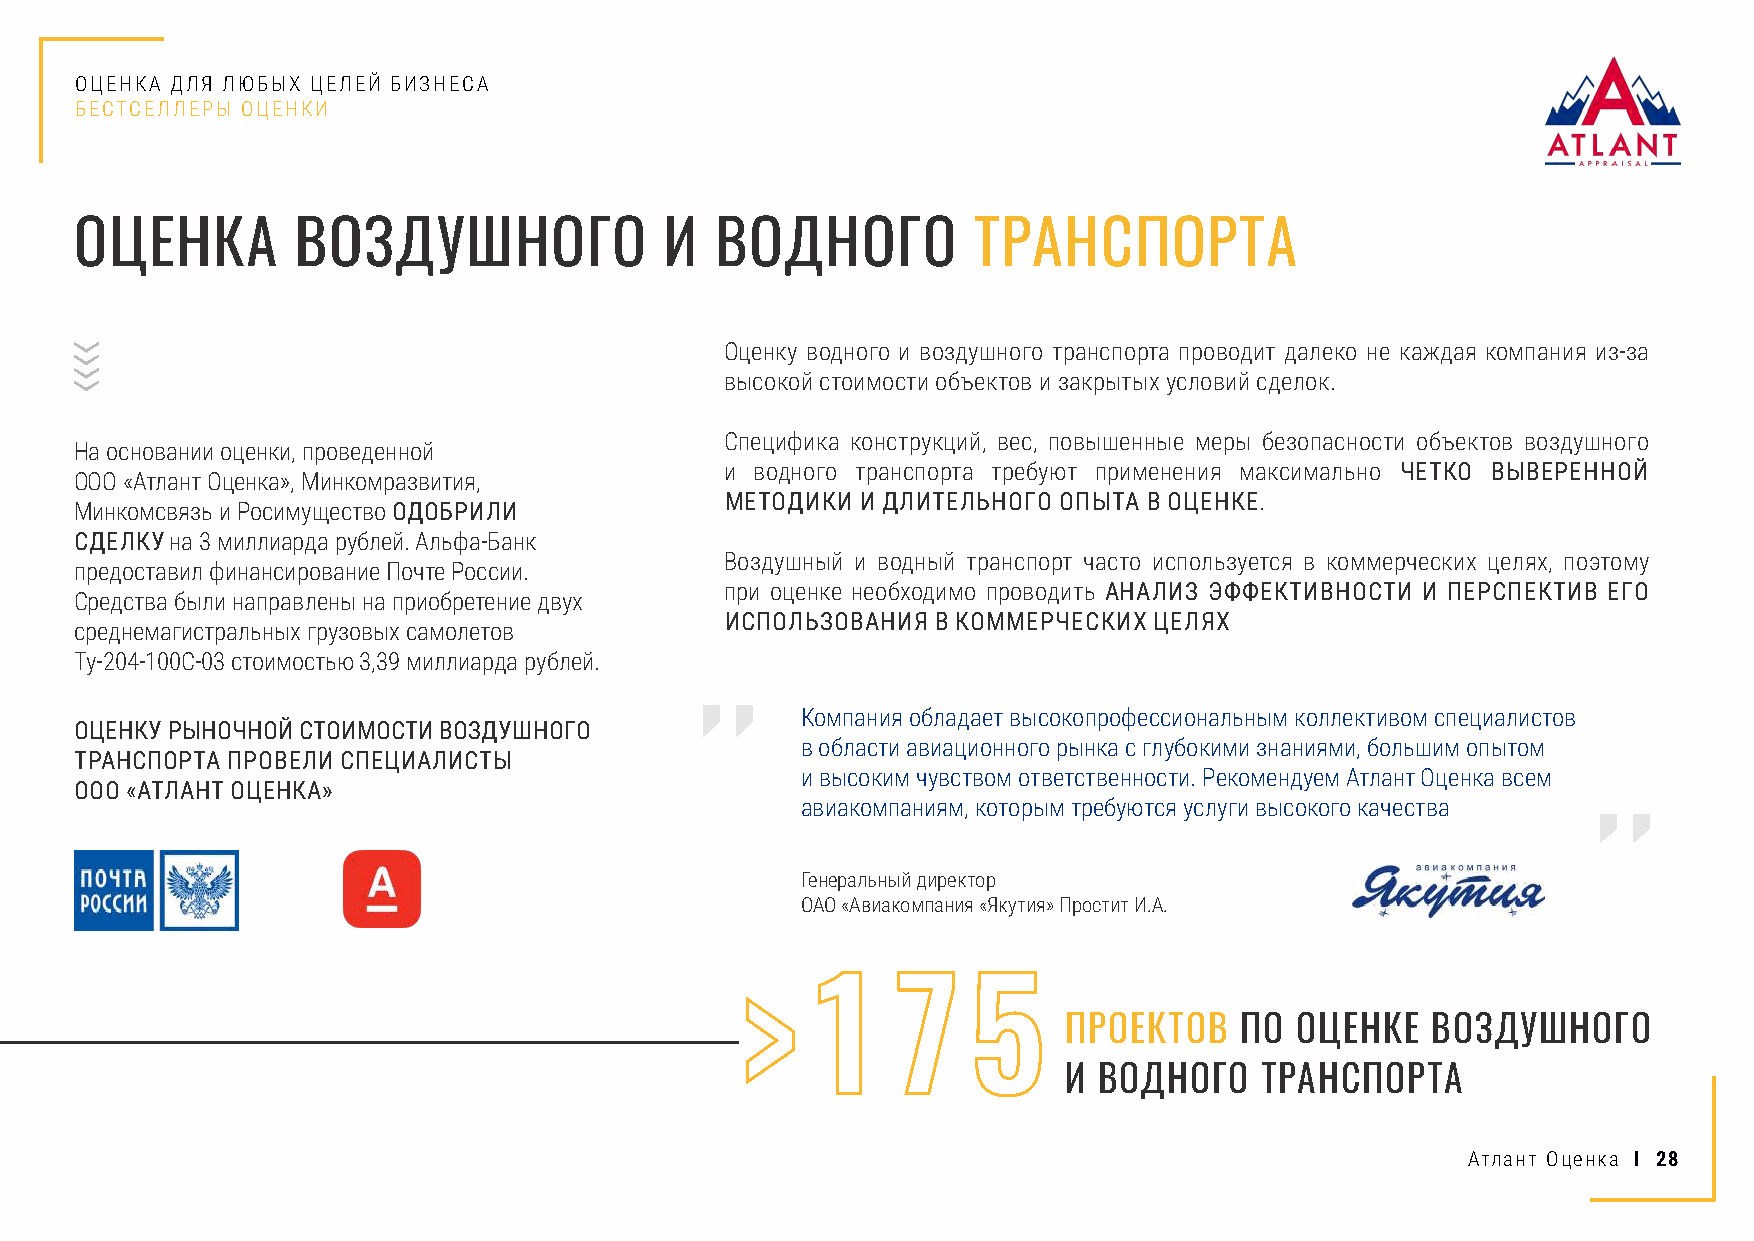
ОЦЕНКА ДЛЯ ЛЮБЫХ ЦЕЛЕЙ БИЗНЕСА
 БЕСТСЕЛЛЕРЫ ОЦЕНКИ
 ОЦЕНКА         ВОЗДУШНОГО              И  ВОДНОГО          ТРАНСПОРТА
 Оценку водного и воздушного транспорта проводит далеко не каждая компания из-за
 высокой стоимости объектов и закрытых условий сделок.
 Специфика конструкций, вес, повышенные меры безопасности объектов воздушного
 На основании оценки, проведенной
 и водного транспорта требуют применения максимально ЧЕТКО ВЫВЕРЕННОЙ
 ООО «Атлант Оценка», Минкомразвития,
 МЕТОДИКИ И ДЛИТЕЛЬНОГО ОПЫТА В ОЦЕНКЕ.
 Минкомсвязь и Росимущество ОДОБРИЛИ
 СДЕЛКУ на 3 миллиарда рублей. Альфа-Банк
 Воздушный и водный транспорт часто используется в коммерческих целях, поэтому
 предоставил финансирование Почте России.
 при оценке необходимо проводить АНАЛИЗ ЭФФЕКТИВНОСТИ И ПЕРСПЕКТИВ ЕГО
 Средства были направлены на приобретение двух
 ИСПОЛЬЗОВАНИЯ В КОММЕРЧЕСКИХ ЦЕЛЯХ
 среднемагистральных грузовых самолетов
 Ту-204-100С-03 стоимостью 3,39 миллиарда рублей.
 Компания обладает высокопрофессиональным коллективом специалистов
 ОЦЕНКУ РЫНОЧНОЙ СТОИМОСТИ ВОЗДУШНОГО
 в области авиационного рынка с глубокими знаниями, большим опытом
 ТРАНСПОРТА ПРОВЕЛИ СПЕЦИАЛИСТЫ
 и высоким чувством ответственности. Рекомендуем Атлант Оценка всем
 ООО «АТЛАНТ ОЦЕНКА»
 авиакомпаниям, которым требуются услуги высокого качества
 Генеральный директор
 ОАО «Авиакомпания «Якутия» Простит И.А.
 >   1     7    5
 ПРОЕКТОВ   ПО  ОЦЕНКЕ   ВОЗДУШНОГО
 И ВОДНОГО   ТРАНСПОРТА
 Атлант Оценка I 28